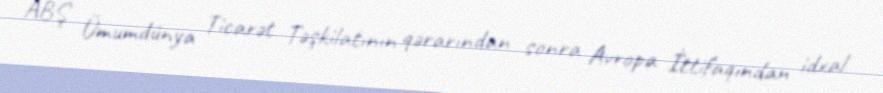
ABŞ Ümumdünya Ticarət Təşkilatının qərarından sonra Avropa İttifaqından idxal